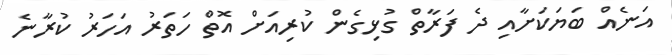
އަނެއް ބަޔަކަށާއި ދެ ފަރާތް ގުޅިގެން ކުރިއަށް އޮތް ހަތަރު އަހަރު ކުރާނެ